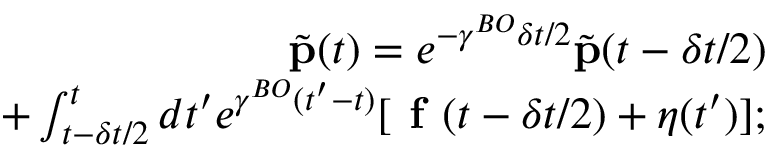
\begin{array} { r } { \tilde { \mathbf { p } } ( t ) = e ^ { - \gamma ^ { B O } \delta t / 2 } \tilde { \mathbf { p } } ( t - \delta t / 2 ) } \\ { + \int \displaylimits _ { t - \delta t / 2 } ^ { t } d t ^ { \prime } e ^ { \gamma ^ { B O } ( t ^ { \prime } - t ) } [ \textbf { f } ( t - \delta t / 2 ) + \boldsymbol { \eta } ( t ^ { \prime } ) ] ; } \end{array}